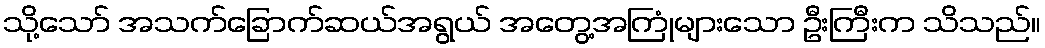
သို့သော် အသက်ခြောက်ဆယ်အရွယ် အတွေ့အကြုံများသော ဦးကြီးက သိသည်။